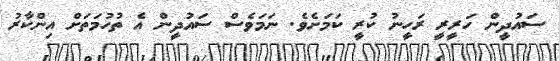
ސައުދީން ހަރީރީ ރަހީނު ކުރީ ކަމަށެވެ. ނަމަވެސް ސައުދީން އެ ތުހުމަތަށް އިންކާރު